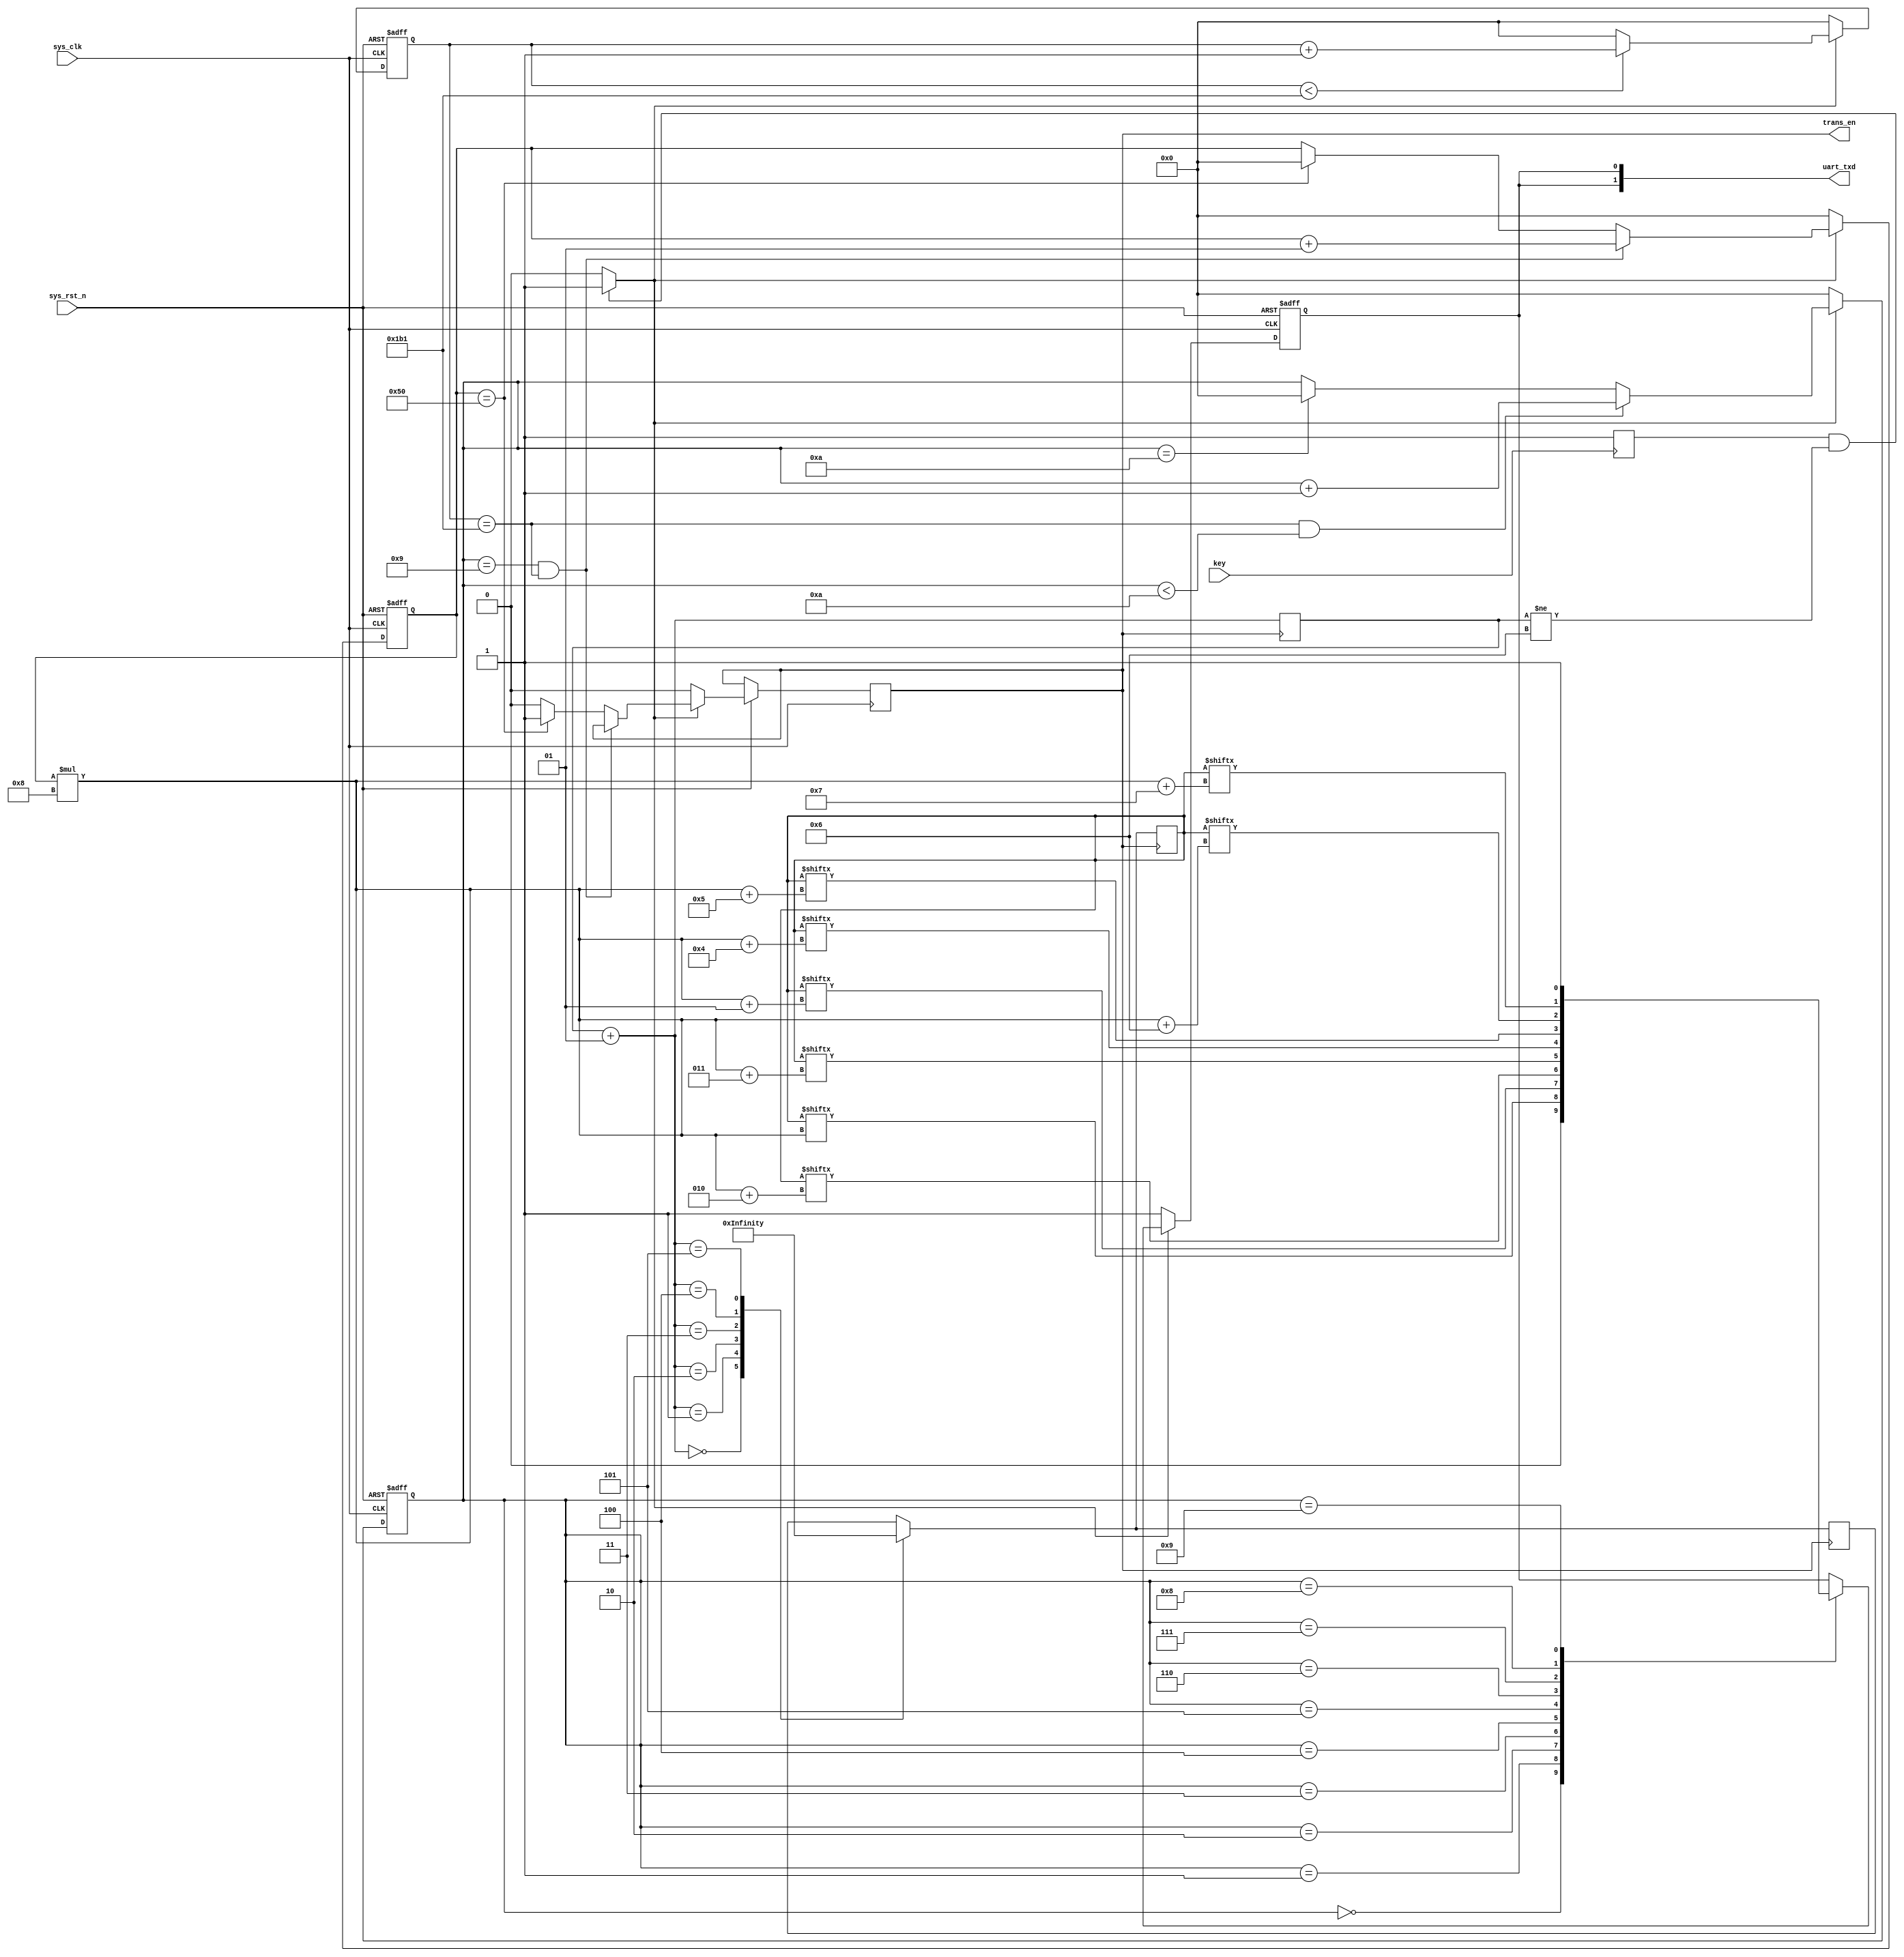
//


module new_uart(
	input wire sys_clk,
	input wire sys_rst_n,
	input wire key,
//	input wire [119:0]str,
	
//	output  reg  [3:0]  led,           //LED
	output reg [1:0]uart_txd,
	output wire trans_en //10
	);



parameter  CLK_FREQ = 50000000;             //
parameter  UART_BPS = 115200;                 //
localparam  BPS_CNT  = CLK_FREQ /UART_BPS ;   //BPS_CNT


integer clk_cnt;
integer tx_cnt;
integer word_cnt=0;

reg trans_done;
reg trans_free;
reg tx_flag;
reg key_en;


reg key_en1;
reg key_en2;

//********************************************
function [119:0] instr_cal(input integer ID,PWM,t);//:IDPWM   :
	begin
		instr_cal="#000P1500T1000!";
		instr_cal[8*15-1-:8]="!";
		//
		instr_cal[8*14-1-:8]=t%10+48;
		instr_cal[8*13-1-:8]=t/10%10+48;
		instr_cal[8*12-1-:8]=t/100%10+48;
		instr_cal[8*11-1-:8]=t/1000+48;
		
		instr_cal[8*10-1-:8]="T";
		//PWM
		instr_cal[8*9-1-:8]=PWM%10+48;
		instr_cal[8*8-1-:8]=PWM/10%10+48;
		instr_cal[8*7-1-:8]=PWM/100%10+48;
		instr_cal[8*6-1-:8]=PWM/1000+48;
		
		instr_cal[8*5-1-:8]="P";
		//ID
		instr_cal[8*4-1-:8]=ID+48;
		instr_cal[8*3-1-:8]="0";
		instr_cal[8*2-1-:8]="0";
		
		instr_cal[8*1-1-:8]="#";
	end
endfunction
function [639:0] all_instr_cal(input integer number,ID0,ID1,ID2,ID3,ID4,PWM0,PWM1,PWM2,PWM3,PWM4,t0,t1,t2,t3,t4);//:IDPWM   :
	begin

		all_instr_cal[8*5+120*5-1-:120]=instr_cal(ID4,PWM4,t4);
		all_instr_cal[8*5+120*4-1-:120]=instr_cal(ID3,PWM3,t3);
		all_instr_cal[8*5+120*3-1-:120]=instr_cal(ID2,PWM2,t2);
		all_instr_cal[8*5+120*2-1-:120]=instr_cal(ID1,PWM1,t1);
		all_instr_cal[8*5+120*1-1-:120]=instr_cal(ID0,PWM0,t0);
		all_instr_cal[8*5-1-:8]=number+48;
		all_instr_cal[8*4-1-:8]="0";
		all_instr_cal[8*3-1-:8]="0";
		all_instr_cal[8*2-1-:8]="0";
		
		all_instr_cal[8*1-1-:8]="G";

	end
endfunction
//********************************************

//********************************************
reg [639:0]instr_array;
reg [639:0]instr;
initial begin
	instr_array=all_instr_cal(0,0,1,2,3,5,1500,1500,1500,1500,1500,1000,1000,1000,1000,1000);
	trans_done=0;
	instr<=instr_array[3];
end

integer pointer=0;
always @(posedge trans_done) begin
	pointer=pointer+1;
  case(pointer)
		0: instr_array=all_instr_cal(0,0,1,2,3,5,1500,1500,1500,1500,1500,1000,1000,1000,1000,1000);
		1: instr_array=all_instr_cal(1,0,1,2,3,5,1500,1500,1900,750,1500,1000,1000,1000,1000,1000);  
		2: instr_array=all_instr_cal(2,0,1,2,3,5,1920,900,1500,900,1500,1000,1000,1000,1000,1000);
		3: instr_array=all_instr_cal(3,0,1,2,3,5,1500,1500,1900,730,2500,1000,1000,1000,1000,1000);
		4: instr_array=all_instr_cal(4,0,1,2,3,5,1100,1250,2000,1050,2500,1000,1000,1000,1000,1000);
		5: instr_array=all_instr_cal(5,0,1,2,3,5,1500,1500,1900,730,1500,1000,1000,1000,1000,1000);
		default: ;
  endcase
	instr<=instr_array;

end
//integer PWM=1500,t=1000;
//always @(posedge trans_done) begin
//	PWM=PWM+100;
//	instr_array[3]=instr_cal(1,PWM,t);
//end

//always @(*) begin
//	instr<=instr_array[pointer];
//end
//********************************************



//*****************************************************
//**                    main code
//*****************************************************
//always @(*) begin
//	if(key==1) led<=4'b0101;
//	else led<=4'b1010;
//end




assign trans_en=trans_done;//

//******************************
//always @(*) key_en=key_en1&(~key_en2);//
//always @(posedge sys_clk)	begin //
//	key_en1<=key;
//	key_en2<=key_en1;
//end
//always @(*) tx_flag=(key_en&trans_free)|(~trans_free);  //
//
reg key_flag=0;
always @(posedge key) key_flag=1;

always @(*) begin
	if(key_flag==1&&pointer!=6)
		tx_flag=1;
	else
		tx_flag=0;
end
		
//
//!!!!!!!!!!!!!!!!!!!!!!!!!
//reg key_enable=0;
//always @(*)  begin
//	if (key_en==1)
//		key_enable=1;
//	if	(pointer==5)
//		key_enable=0;
//end
//		
//always @(*)	tx_flag=(key_enable&trans_free)|(~trans_free);  //
////!!!!!!!!!!!!!!!!!!!!!!!!!!!!!!!!
//******************************
//always @(*) begin
//		if(tx_flag==1) led<=4'b0101;
//end



//*************************

always @(posedge sys_clk or negedge sys_rst_n) begin         
    if (!sys_rst_n)                             
        clk_cnt <= 16'd0;                                  
    else if (tx_flag) begin                 //
        if (clk_cnt < BPS_CNT - 1)			//
            clk_cnt <= clk_cnt + 1'b1;
        else
            clk_cnt <= 16'd0;   
	 end
    else                             
        clk_cnt <= 16'd0; 				        //
end
//*************************



//*************************

always @(posedge sys_clk or negedge sys_rst_n) begin         
    if (!sys_rst_n)                             
        tx_cnt <= 4'd0;
    else if (tx_flag) begin               //
        if (clk_cnt == BPS_CNT - 1 &&tx_cnt < 4'd10)		//0~910	
            tx_cnt <= tx_cnt + 1'b1;		
        else if(tx_cnt==10)	
				tx_cnt<=4'd0;
		  else
            tx_cnt <= tx_cnt;       
		  end
    else                              
        tx_cnt  <= 4'd0;				    //
		  
end
//*************************



//*************************

integer max_word_cnt=80;
always @(posedge sys_clk or negedge sys_rst_n) begin         
    if (!sys_rst_n)                             
        word_cnt <= 0;
    else if (tx_flag) begin               //
        if (tx_cnt == 9&&clk_cnt == BPS_CNT - 1)			//0~15
            word_cnt <= word_cnt + 1;		//
				
        else if(word_cnt==max_word_cnt) begin//,
				word_cnt<=0;
				trans_free<=1;//
				trans_done<=1; //
		  end
		  else begin
            word_cnt <= word_cnt;  
				trans_free<=0;//
				trans_done<=0;//
		  end
	 end
    else begin
		  trans_free<=1;//
		  trans_done<=0;//
        word_cnt  <= 0;		
	 end	  
		  
end
//*************************


//*************************
always @(*) uart_txd[1]<=uart_txd[0];

//uart
always @(posedge sys_clk or negedge sys_rst_n) begin
    if (!sys_rst_n)  
        uart_txd[0] <= 1'b1;        
    else if (tx_flag) 
        case(tx_cnt)
            4'd0: uart_txd[0] <= 1'b0;         // 
            4'd1: uart_txd[0] <= instr[word_cnt*8];   //
            4'd2: uart_txd[0] <= instr[word_cnt*8+1];
            4'd3: uart_txd[0] <= instr[word_cnt*8+2];
            4'd4: uart_txd[0] <= instr[word_cnt*8+3];
            4'd5: uart_txd[0] <= instr[word_cnt*8+4];
            4'd6: uart_txd[0] <= instr[word_cnt*8+5];
            4'd7: uart_txd[0] <= instr[word_cnt*8+6];
            4'd8: uart_txd[0] <= instr[word_cnt*8+7];   //
            4'd9: uart_txd[0] <= 1'b1;         //
            default: ;
        endcase
    else 
        uart_txd[0] <= 1'b1;                   //
end
//*************************



endmodule